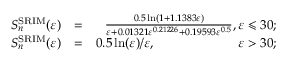
\begin{array} { r l r } { S _ { n } ^ { \mathrm { S R I M } } ( \varepsilon ) } & { = } & { \frac { 0 . 5 \ln ( 1 + 1 . 1 3 8 3 \varepsilon ) } { \varepsilon + 0 . 0 1 3 2 1 \varepsilon ^ { 0 . 2 1 2 2 6 } + 0 . 1 9 5 9 3 \varepsilon ^ { 0 . 5 } } , \varepsilon \leqslant 3 0 ; } \\ { S _ { n } ^ { \mathrm { S R I M } } ( \varepsilon ) } & { = } & { 0 . 5 \ln ( \varepsilon ) / \varepsilon , \phantom { 3 . 5 \ln ( \varepsilon ) / \varepsilon \ln ( \varepsilon ) } \varepsilon > 3 0 ; } \end{array}